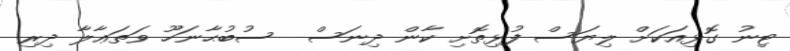
ޓިނު ގޮޅިއަކަށް ލިޔަސް ފުޅިތޮށި ކާން ދިނަސް  ސުބުޙާނަހޫ ވަތަޢާލާ ދިރި